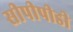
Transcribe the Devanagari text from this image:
सीपीपीडी